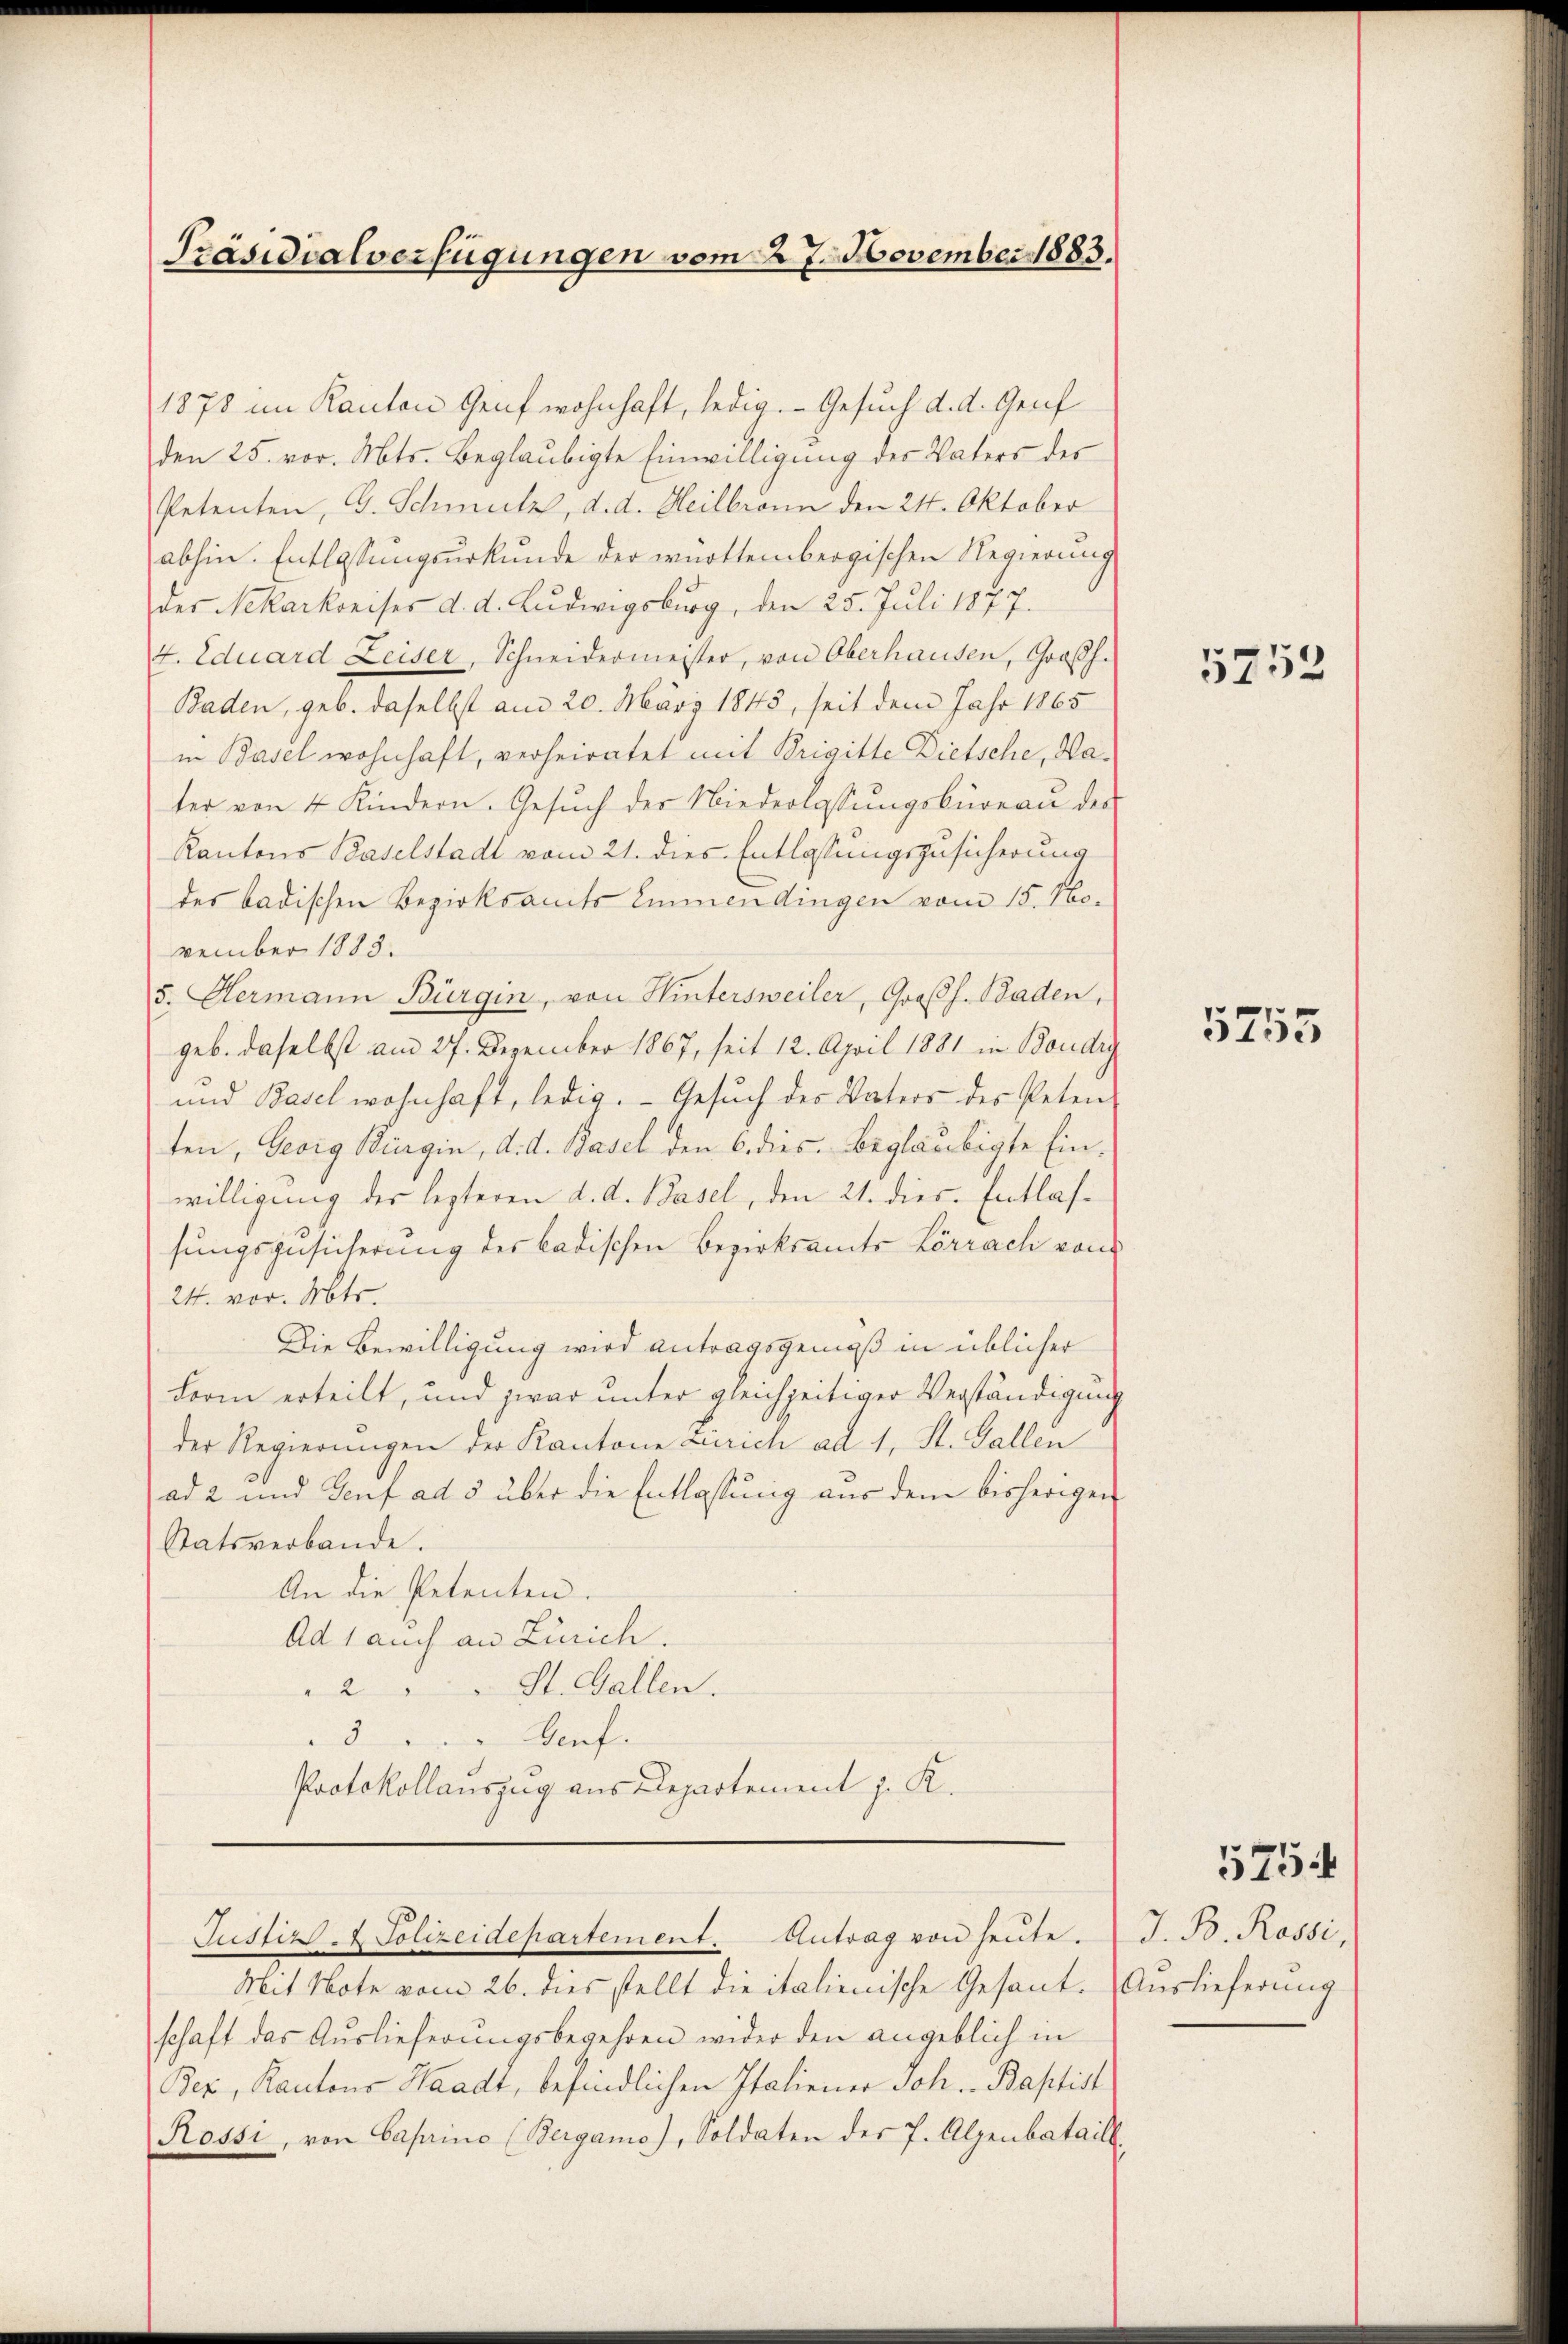
Präsidialverfügungen vom 27. November 1883.

1878 im Kanton Genf wohnhaft, ledig. Gesuch d. d. Genf
den 25. vor. Mts. beglaubigte Einwilligung des Vaters des
Petenten, C. Schmelz, d. d. Heilbronn den 21. Oktober
abhin. Entlassungsurkunde der württembergischen Regierung
der Nekarkreises d. d. Ludwigsburg, den 25. Juli 1877.
4. Eduard Leiser, Schneidermeister, von Oberhausen, Großh.
Baden, geb. daselbst am 20. März 1843, seit dem Jahr 1865
in Basel wohnhaft, verheiratet mit Brigitte Dietsche, Water von 4 Kindern. Gesŭch der Niederlassŭngsbüreau des
Kantons Baselstadt vom 21. dies Entlassungszusicherung
des badischen Bezirksamts Emmendingen vom 15. November 1883.
5. Hermann Bürgin, von Hintersweiler, Großh. Baden,
geb. daselbst am 27. Dezember 1867, seit 12. April 1881 in Boudry
und Basel wohnhaft, ledig. Gesuch des Vaters des Peten
ten, Georg Bürgin, d. d. Basel den 6. dies. Beglaubigte Einwilligung des lezteren d. d. Basel, den 21. dies. Entlassungszusicherung des badischen Bezirksamts Lörrach von
24. vor. Mts.
Die Bewilligung wird antragsgemäß in üblicher
Form erteilt, und zwar unter gleichzeitiger Verständigung
der Regierungen der Kantone Zürich ad 1, St. Gallen
ad 2 und Senf ad 5 über die Entlassung aus dem bisherigen
Statsverbande.
An die Petenten.
Ad 1 auch an Zürich.
St. Gallen.
2
5
" Genf.
Protokollauszug aus Departement J. K.

Mit Note vom 26. dies stellt die italienische Gesant. Auslieferung
schaft das Auslieferungsbegehren wider den angeblich in
Bez, Kantons Waadt, befindlichen Italiener Joh. Baptist
Rossi, von Caprino (Bergamo), Soldaten des 7. Alpenbataill.

Justiz- & Polizeidepartement. Antrag von heŭte. J. B. Rossi,

5752

5755

5754